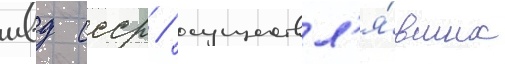
мвд ссср / осуществл'я́вших